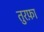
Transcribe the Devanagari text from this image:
तुरफ़ा